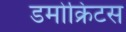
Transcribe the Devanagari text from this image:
डमोक्रिटस